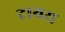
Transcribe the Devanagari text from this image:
टायरा